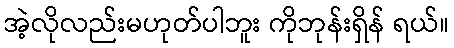
အဲ့လိုလည်းမဟုတ်ပါဘူး ကိုဘုန်းရှိန် ရယ်။